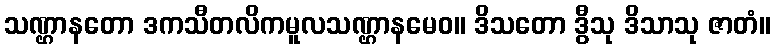
သဏ္ဌာနတော ဒကသီတလိကမူလသဏ္ဌာနမေဝ။ ဒိသတော ဒွီသု ဒိသာသု ဇာတံ။